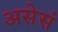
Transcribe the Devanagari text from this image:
असेसं